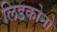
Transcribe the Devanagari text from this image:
लिडकोनो